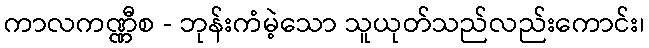
ကာလကဏ္ဏီစ - ဘုန်းကံမဲ့သော သူယုတ်သည်လည်းကောင်း၊